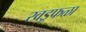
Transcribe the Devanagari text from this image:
खडूफळा